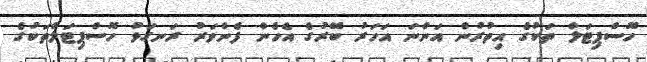
ހޮސްޕިޓަލް ތަކުގެ އިތުރުން އަންނަ އަހަރު ބޭރުގެ އެހެން ފެންވަރު ރަނގަޅު ހޮސްޕިޓަލްތަކުގެ